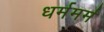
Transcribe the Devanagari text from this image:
धर्ममर्म